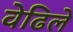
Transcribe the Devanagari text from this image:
वेढिले